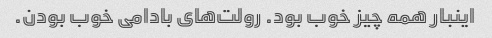
اینبار همه چیز خوب بود. رولت‌های بادامی خوب بودن.